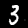
Label: 3